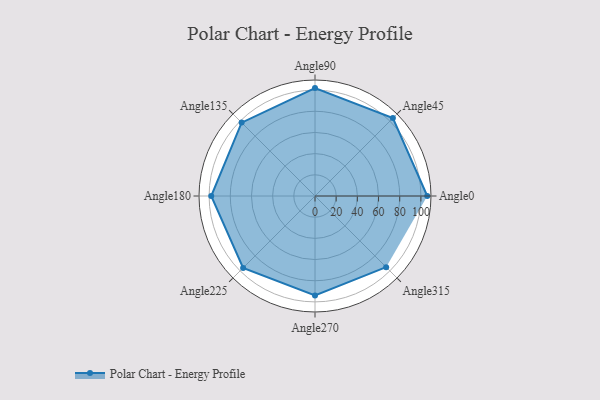
{"axis": {"x": "Angle", "y": "Radius"}, "legend": [""], "data": [{"x": "Angle0", "y": 106.0, "type": ""}, {"x": "Angle45", "y": 104.0, "type": ""}, {"x": "Angle90", "y": 102.0, "type": ""}, {"x": "Angle135", "y": 98.0, "type": ""}, {"x": "Angle180", "y": 98.0, "type": ""}, {"x": "Angle225", "y": 96.0, "type": ""}, {"x": "Angle270", "y": 94.0, "type": ""}, {"x": "Angle315", "y": 95.0, "type": ""}]}